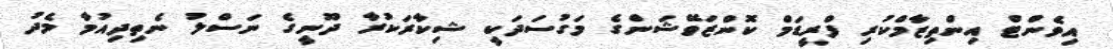
އިވެންޓް އިންތިޒާމްކުރި ފްރީޑަމް ކޮންޒަވޭޝަންގެ މަގުސަދަކީ ޝިކާރަކުރާ ދޫނީގެ ނަސްލު ނެތިދިއުމާ މެދު